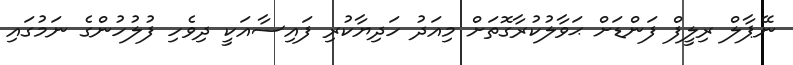
ނޭޕާލް ރިލީފް ފަންޑަށް ޙަވާލުކުރާގޮތަށް މިއަދު ހަދިޔާކުރި ފައިސާއަކީ ދިވެހި ފުލުހުންގެ ނަމުގައި